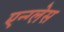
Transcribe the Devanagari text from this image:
एन्ग्लेस